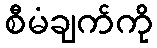
စီမံချက်ကို